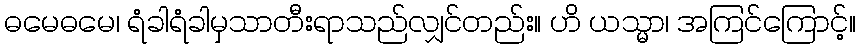
ဓမေဓမေ၊ ရံခါရံခါမှသာတီးရာသည်လျှင်တည်း။ ဟိ ယသ္မာ၊ အကြင်ကြောင့်။